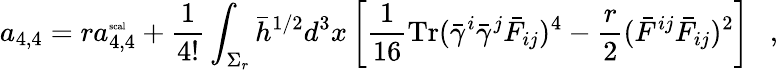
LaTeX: a_{4,4}=ra_{4,4}^{\mathrm{\tiny{scal}}}+{\frac{1}{4!}}\int_{\Sigma_{r}}\bar{h}^{1/2}d^{3}x\left[{\frac{1}{16}}\mathrm{Tr}(\bar{\gamma}^{i}\bar{\gamma}^{j}\bar{F}_{ij})^{4}-{\frac{r}{2}}(\bar{F}^{ij}\bar{F}_{ij})^{2}\right]~~~,